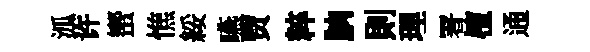
泒许蠁憔綏嚥贾粹朒則理署檀通